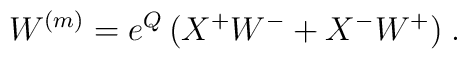
W^{(m)} = e^Q\, (X^+ W^- + X^- W^+ ) \; .